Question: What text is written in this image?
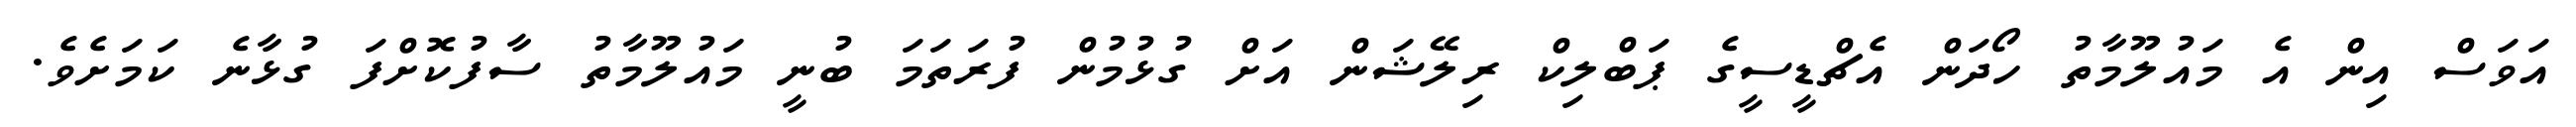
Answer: އަވަސް އިން އެ މައުލޫމާތު ހޯދަން އެޗްޑީސީގެ ޕަބްލިކް ރިލޭޝަން އަށް ގުޅުމުން ފުރަތަމަ ބުނީ މައުލޫމާތު ސާފުކޮށްފަ ގުޅާނެ ކަމަށެވެ.